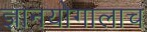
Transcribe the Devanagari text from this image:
ज्ञानयोगालाच